Indian journal of veterinary science and animal husbandry - Volume 7,
Year: 1937
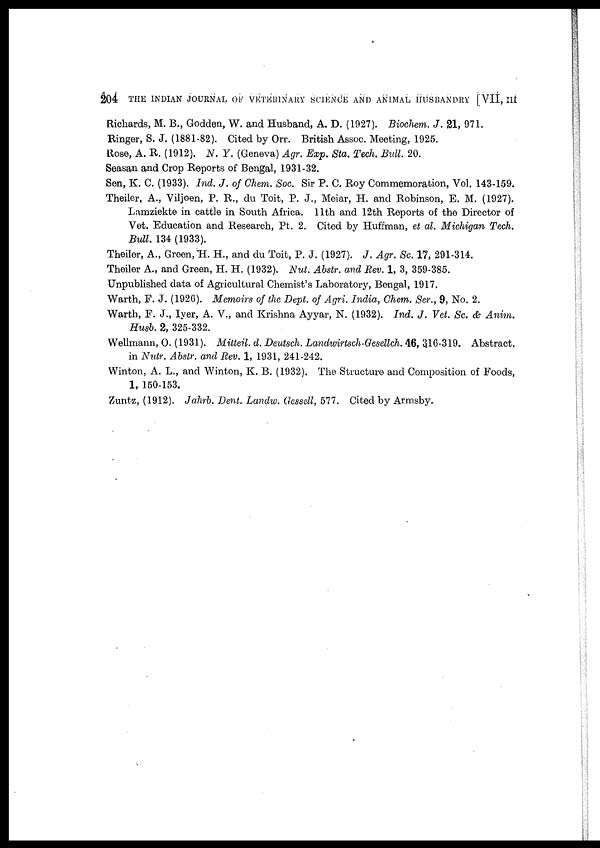
204 THE INDIAN JOURNAL OF VETERINARY SCIENCE AND ANIMAL HUSBANDRY [VII, III
Richards, M. B., Godden, W. and Husband, A. D. (1927). Biochem. J. 21, 971.
Ringer, S. J. (1881-82). Cited by Orr. British Assoc. Meeting, 1925.
Rose, A. R. (1912). N. Y. (Geneva) Agr. Exp. Sta. Tech. Bull. 20.
Seasan and Crop Reports of Bengal, 1931-32.
Sen, K. C. (1933). Ind. J. of Chem. Soc. Sir P. C. Roy Commemoration, Vol. 143-159.
Theiler, A., Viljoen, P. R., du Toit, P. J., Meiar, H. and Robinson, E. M. (1927).
Lamziekte in cattle in South Africa. 11th and 12th Reports of the Director of
Vet. Education and Research, Pt. 2. Cited by Huffman, et al. Michigan Tech.
Bull. 134 (1933).
Theiler, A., Green, H. H., and du Toit, P. J. (1927). J. Agr. Sc. 17, 291-314.
Theiler A., and Green, H. H. (1932). Nut. Abstr. and Rev. 1, 3, 359-385.
Unpublished data of Agricultural Chemist's Laboratory, Bengal, 1917.
Warth, F. J. (1926). Memoirs of the Dept. of Agri. India, Chem. Ser., 9, No. 2.
Warth, F. J., Iyer, A. V., and Krishna Ayyar, N. (1932). Ind. J. Vet. Sc. & Anim.
Husb. 2, 325-332.
Wellmann, O. (1931). Mitteil. d. Deutsch. Landwirtsch-Gesellch. 46, 316-319. Abstract.
in Nutr. Abstr. and Rev. 1, 1931, 241-242.
Winton, A. L., and Winton, K. B. (1932). The Structure and Composition of Foods,
1, 150-153.
Zuntz, (1912). Jahrb. Dent. Landw. Gessell, 577. Cited by Armsby.